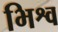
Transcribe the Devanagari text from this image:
भिश्व